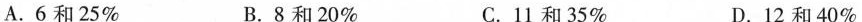
A.6和25% B.8和20% C.11和35% D.12和40%